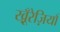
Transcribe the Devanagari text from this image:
खू़ँरेज़ियाँ